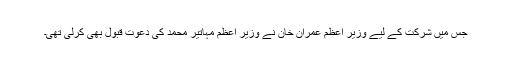
جس میں شرکت کے لیے وزیر اعظم عمران خان نے وزیر اعظم مہاتیر محمد کی دعوت قبول بھی کرلی تھی۔